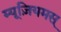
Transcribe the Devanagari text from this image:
म्यूज़ियमस्